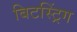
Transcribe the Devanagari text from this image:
बिटस्ट्रिंग